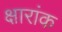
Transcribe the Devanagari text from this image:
क्षारांक